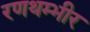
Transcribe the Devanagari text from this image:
रणथम्भीर